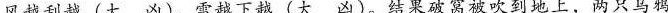
风越刮越(大凶)，雪越下越(大凶)。结果破窝被吹到地上，两只乌鸦